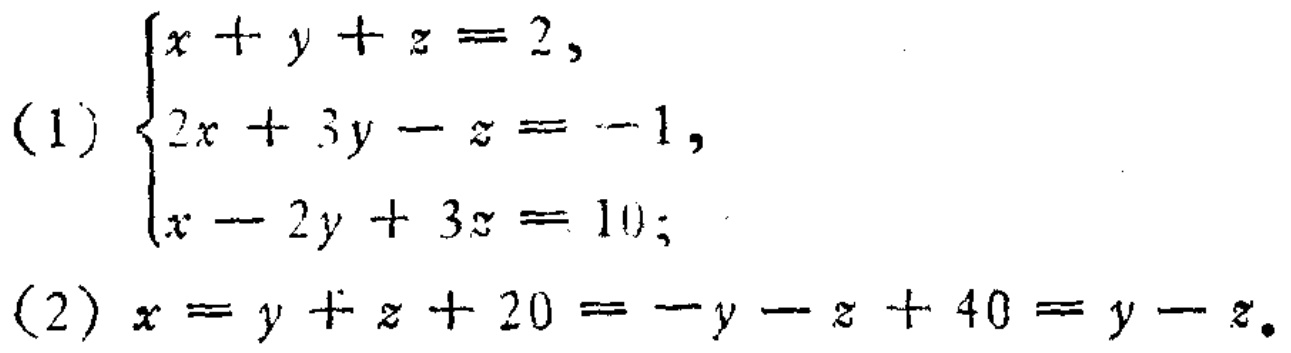
(1) \(\begin{cases}
x + y+z = 2,\\
2x + 3y - z=-1,\\
x - 2y+3z = 10;
\end{cases}\)
(2) \(x = y + z + 20=-y - z + 40=y - z\)